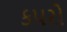
કપરો